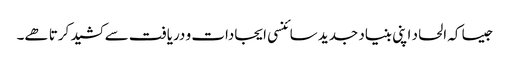
جیسا کہ الحاد اپنی بنیاد جدید سائنسی ایجادات و دریافت سے کشید کرتا ھے۔